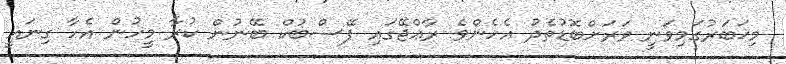
މިޚަބަރުގަމިވަނީ ވަރަށްބޮޑުތެދު އެހެންވެ ރާޢްޖޭގައި ފޭސްބުކް ބޭނުން ކުރާ މީހުން އެހާ ގިނައީ